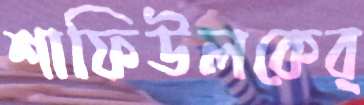
শাফিউলকেব্